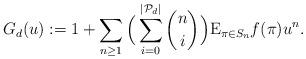
LaTeX: \begin{align*}G_d(u):=1+\sum_{n \ge 1} \Big(\sum_{i=0}^{|\mathcal{P}_d|} \binom{n}{i} \Big) \mathrm{E}_{\pi \in S_n} f(\pi) u^n.\end{align*}